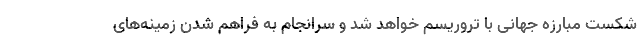
شکست مبارزه جهانی با تروریسم خواهد شد و سرانجام به فراهم شدن زمینه‌های